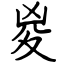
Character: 㚇